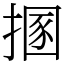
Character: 㨡